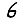
Digit: 6